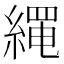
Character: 𦃰